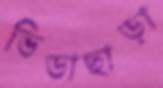
ভিডাছাড়া